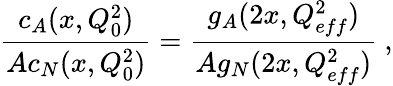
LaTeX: \frac{c_{A}(x,Q_{0}^{2})}{Ac_{N}(x,Q_{0}^{2})}=\frac{g_{A}(2x,Q_{eff}^{2})}{Ag_{N}(2x,Q_{eff}^{2})}\ ,